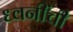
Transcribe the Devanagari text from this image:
ध्वनींची